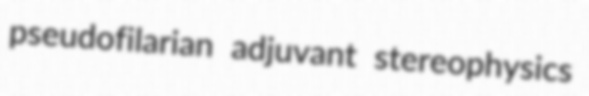
pseudofilarian adjuvant stereophysics